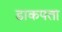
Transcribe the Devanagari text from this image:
डाकपता